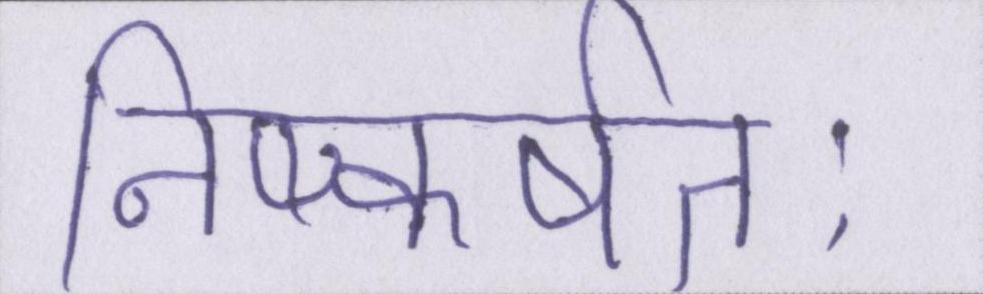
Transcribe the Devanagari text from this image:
निष्कर्षतः